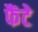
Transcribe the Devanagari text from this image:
फैंटे